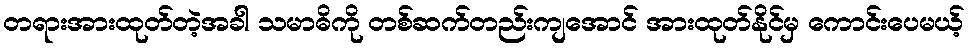
တရားအားထုတ်တဲ့အခါ သမာဓိကို တစ်ဆက်တည်းကျအောင် အားထုတ်နိုင်မှ ကောင်းပေမယ့်